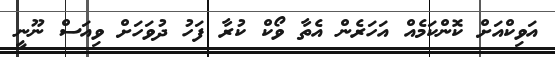
އަވިކްއަށް ކޮންކަމެއް އަހަރެން އެތާ ވޯކް ކުރާ ފަހު ދުވަހަށް ވިއަސް ނޫނީ